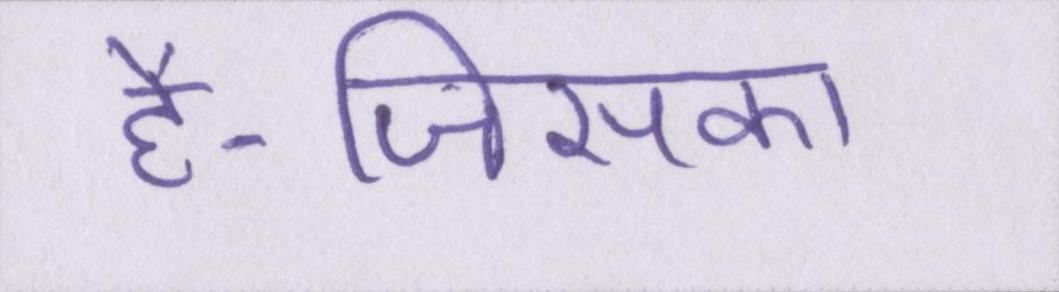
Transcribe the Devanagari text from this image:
है-जिसका